Trukikaitis_Postimees, lk 367
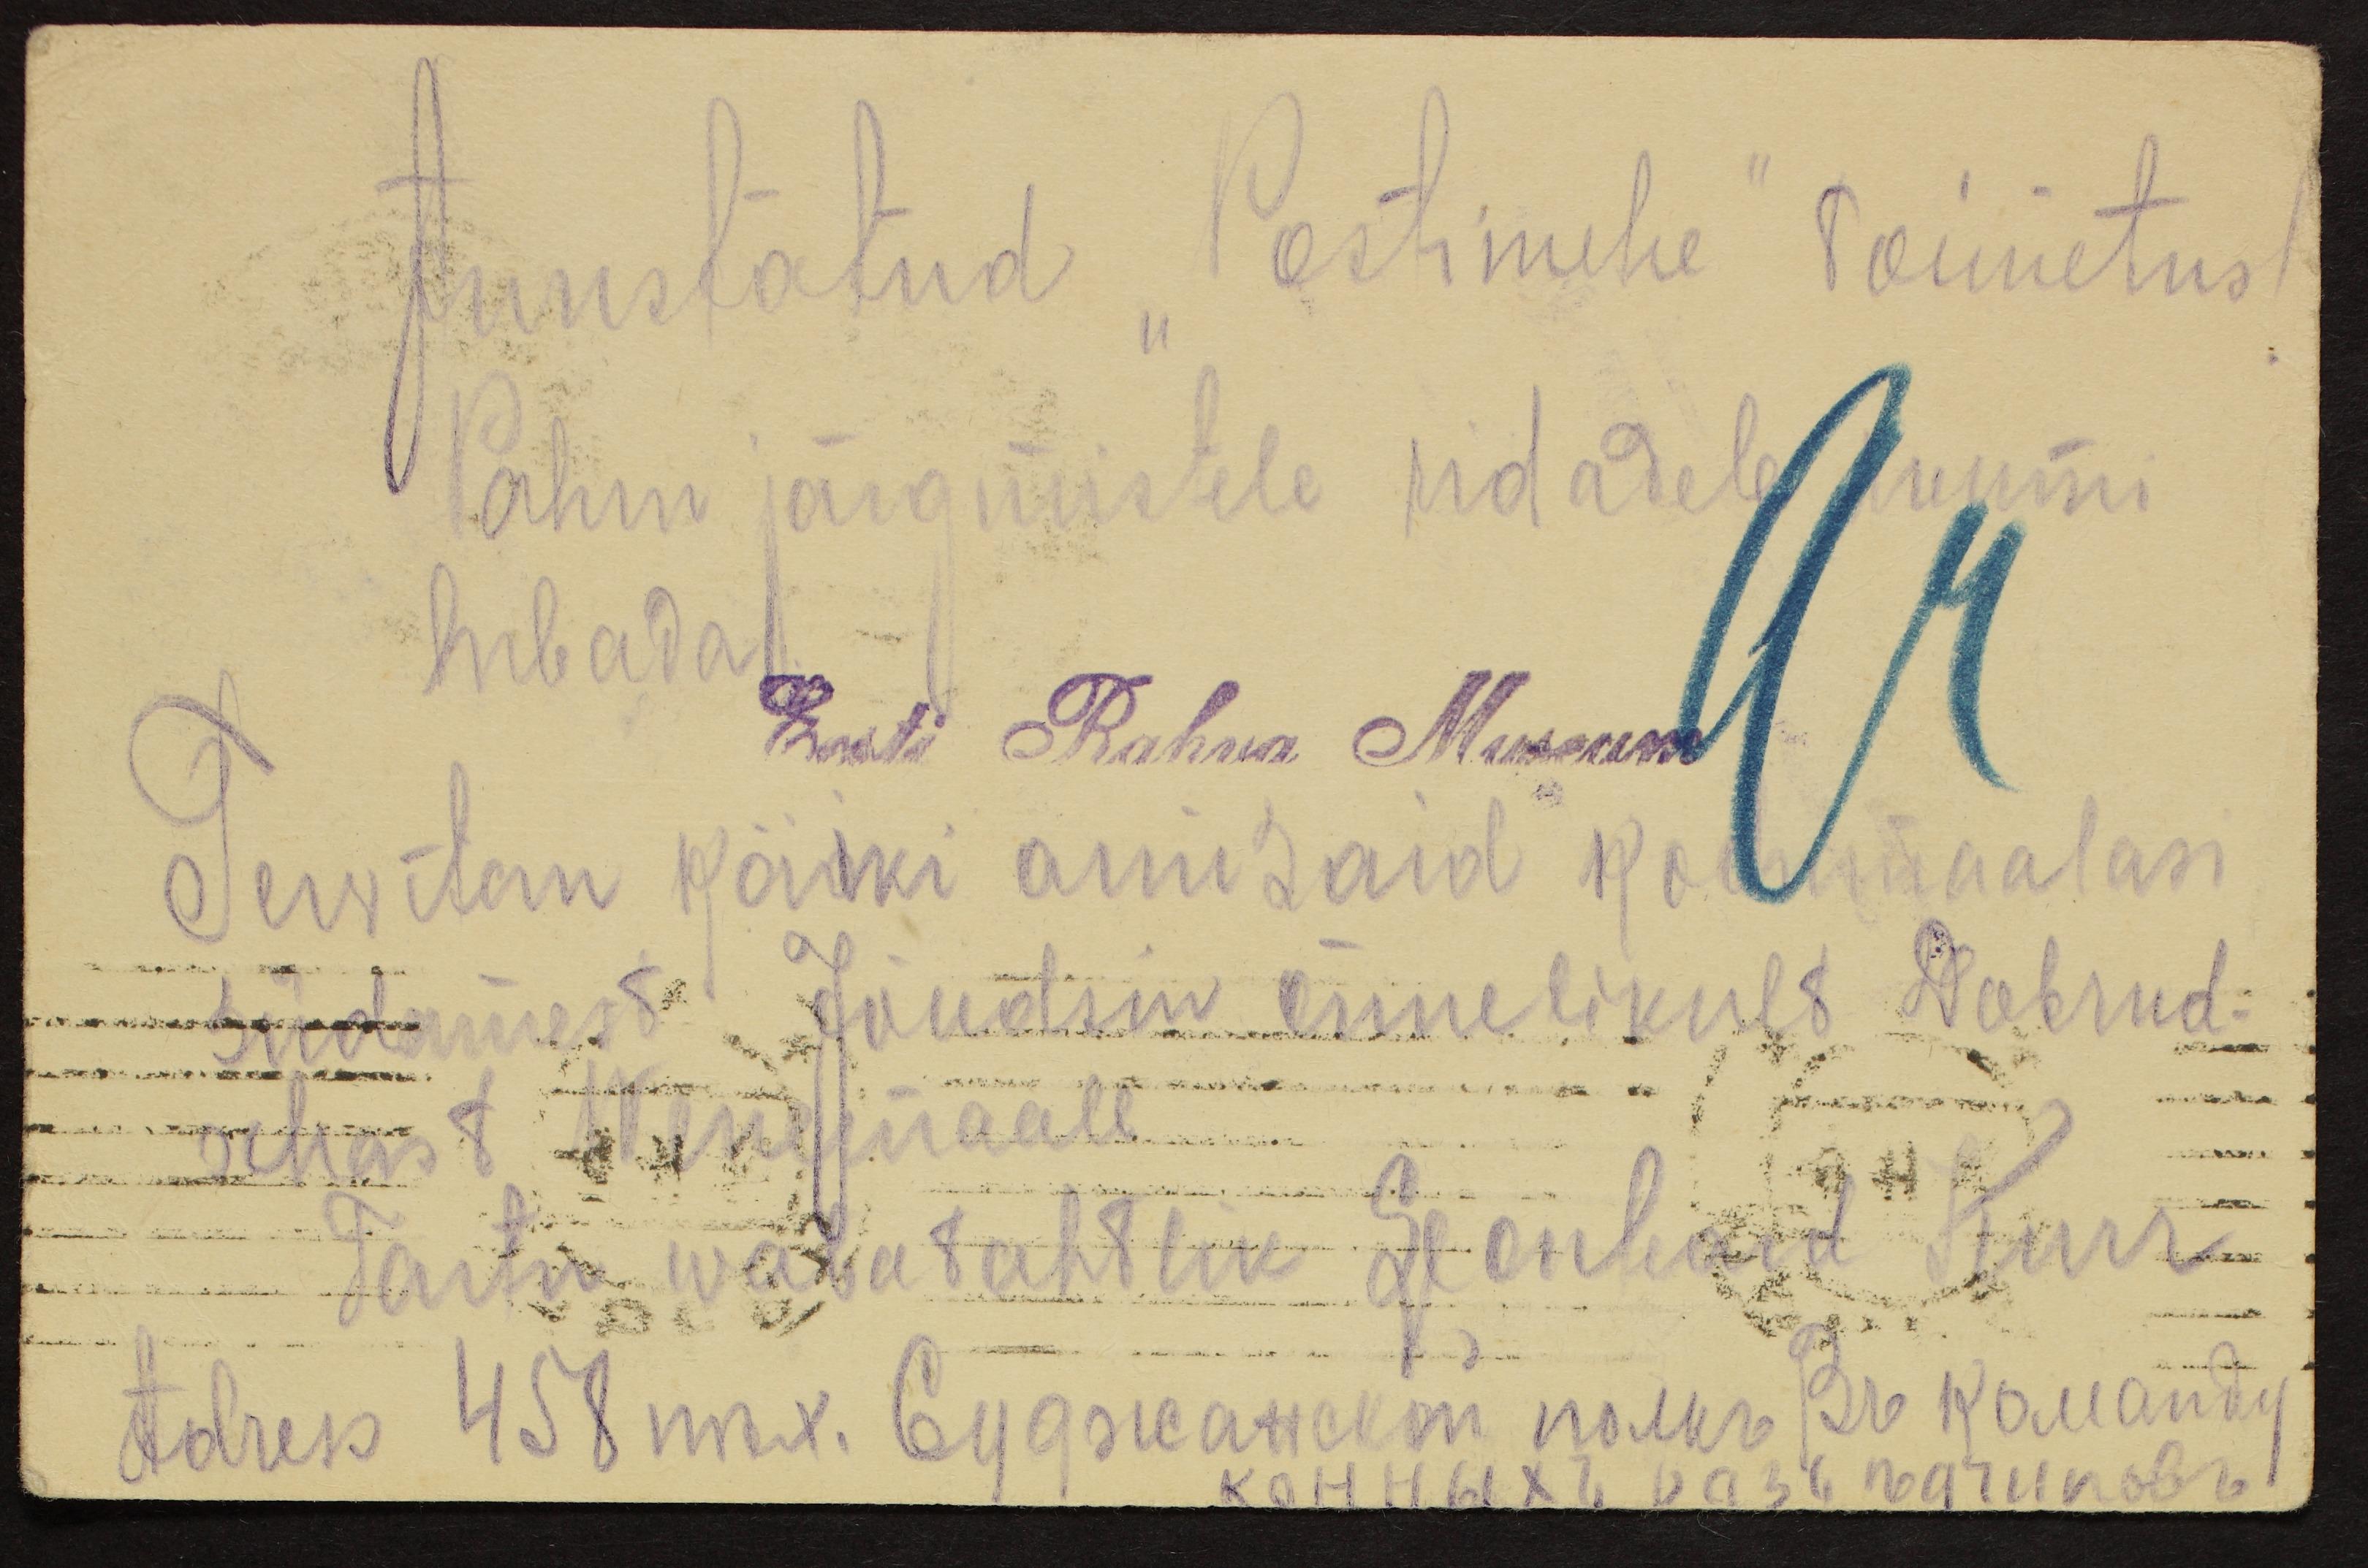
Auustatud Postimehe" Toimetus
Palun järgmistele ridadele ruumi
lubada
Tervitan kõiki auusaid kodmaalasi
südamest. Jõudsin õnnelikult Dobrud-
schast Wenemaale
Tartu wabatahtlik Leonhard Puu
Adress 458 m.k. lugsuawolin nõuks Pr. kauandi